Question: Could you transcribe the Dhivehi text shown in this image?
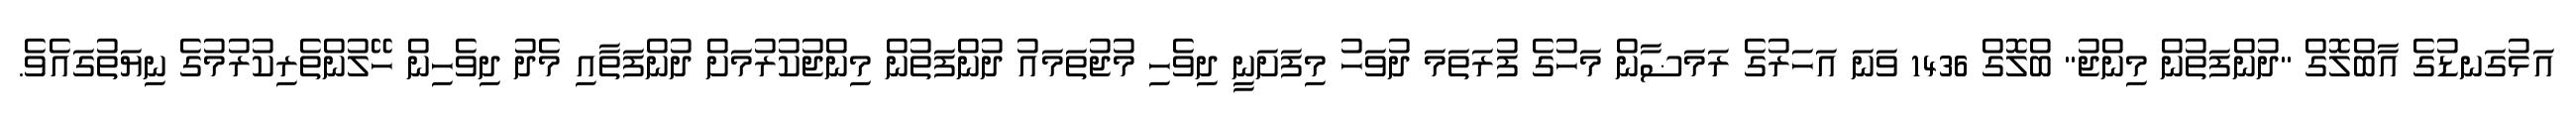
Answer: އަޅުގަނޑުގެ އާބްލޮގް "ދުންފަތުން މިންޖު" ބްލޮގް 1436 ވަނަ އަހަރުގެ ރަމަޟާން މަހުގެ ފުރަތަމަ ދުވަހު މިފަށަނީ ދިވެހި މުޖުތަމައު ދުންފަތުން މިންޖުކުރުމަށް ދުންފަތާއި މެދު ދިވެހިން ހޭލުންތެރިކުރުމުގެ ނިޔަތުގައެވެ.